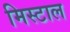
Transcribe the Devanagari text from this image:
मिस्टाल